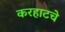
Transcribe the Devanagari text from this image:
करहाटचे